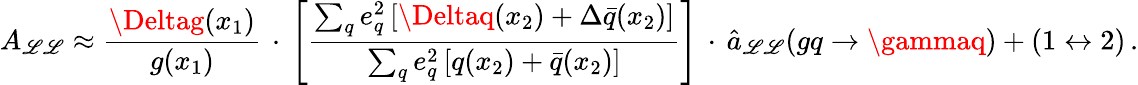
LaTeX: A_{\mathscr{L}\mathscr{L}}\approx\frac{{\Deltag(x_{1})}}{{g(x_{1})}}\, \cdot\, \Bigg[\frac{{\sum_{q}e_{q}^{2}\left[\Deltaq(x_{2})+\Delta\bar{{q}}(x_{2})\right]}}{{\sum_{q}e_{q}^{2}\left[q(x_{2})+\bar{{q}}(x_{2})\right]}}\Bigg]\, \cdot\, \hat{{a}}_{\mathscr{L}\mathscr{L}}(gq\rightarrow\gammaq)+(1\leftrightarrow2)\, .